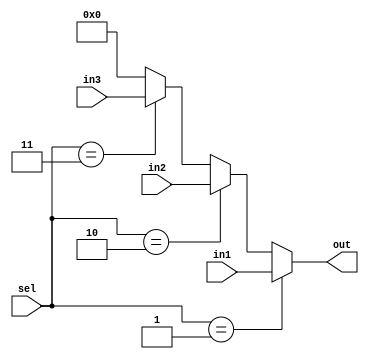
`timescale 1ns / 1ps
//////////////////////////////////////////////////////////////////////////////////
// Company: 
// Engineer: 
// 
// Design Name: 
// Module Name: mux_3x1
// Project Name: 
// Target Devices: 
// Tool Versions: 
// Description: 
// 
// Dependencies: 
// 
// Revision:
// Revision 0.01 - File Created
// Additional Comments:
// 
//////////////////////////////////////////////////////////////////////////////////


module mux_3x1(
    input [127:0] in1,
    input [127:0] in2,
    input [127:0] in3,
    input [1:0] sel,
    output reg [127:0] out
    );
    
    always @(*) begin
        if(sel == 'b01)
            out = in1;
        else if(sel == 'b10)
            out = in2;
        else if(sel == 'b11)
            out = in3;
        else
            out = 'b0;
    end
    
endmodule